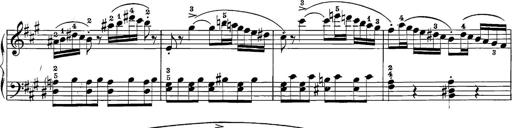
Title: 12 Sonatine per Pianoforte
Composer: Friedrich Kuhlau